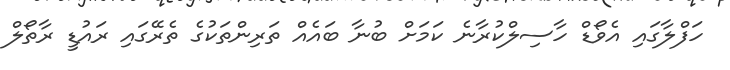
ހަފްލާގައި އެވޯޑް ހާސިލްކުރާނެ ކަމަށް ބުނާ ބައެއް ތަރިންތަކުގެ ތެރޭގައި ރައުޑީ ރާތޯލް